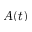
A ( t )